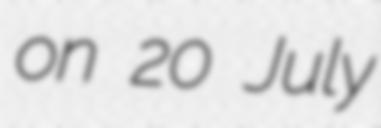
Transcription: on 20 July